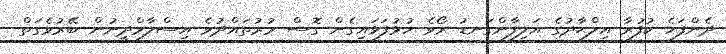
ދެންފަހެ ކުފުރާ އިލްޙާދުގެ އަލިފާންގަނޑު ރޯވެ ހުޅުފަޅައިގެން ގޮސް މުރުތައްދުވެ އިސްލާމްދީނުން ބޭރުވެގަތް